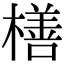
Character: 橏